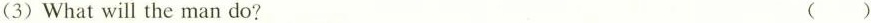
(3)What will the man do? ()